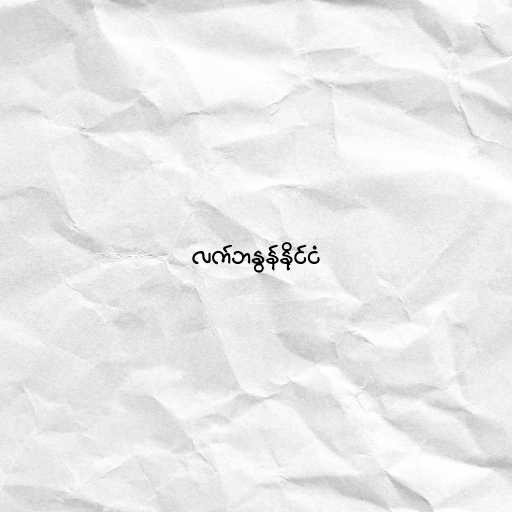
လက်ဘနွန်နိုင်ငံ